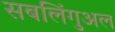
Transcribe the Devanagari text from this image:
सबलिंगुअल